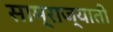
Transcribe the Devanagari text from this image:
साम्राज्याती